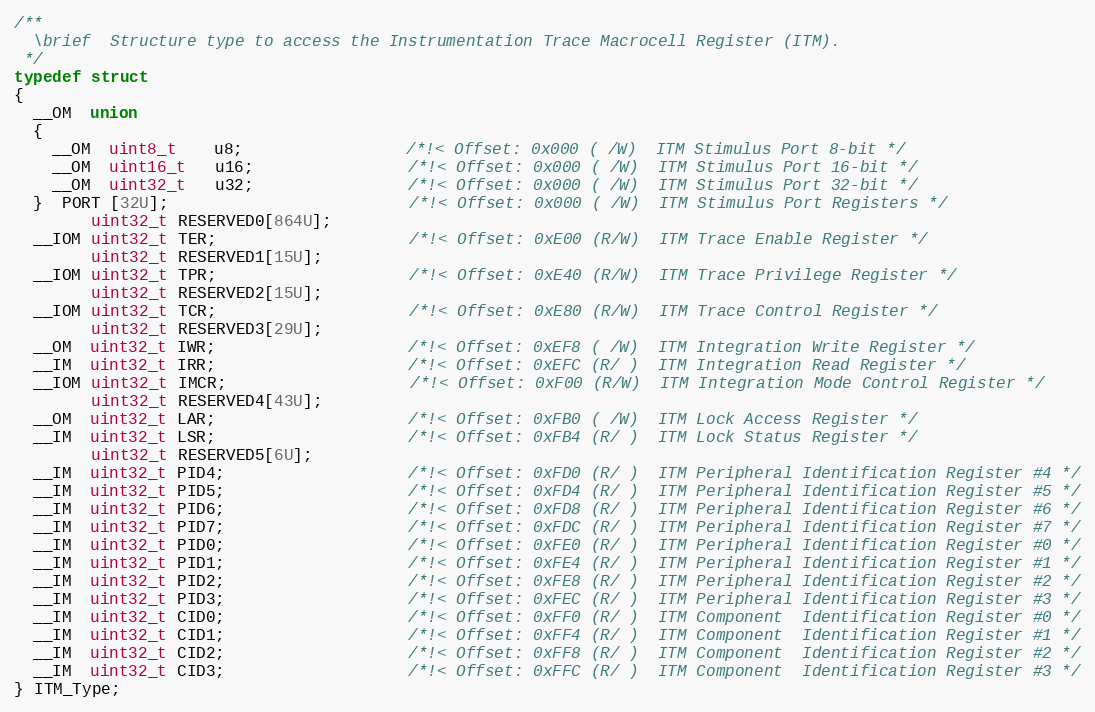
Language: C
/**
  \brief  Structure type to access the Instrumentation Trace Macrocell Register (ITM).
 */
typedef struct
{
  __OM  union
  {
    __OM  uint8_t    u8;                 /*!< Offset: 0x000 ( /W)  ITM Stimulus Port 8-bit */
    __OM  uint16_t   u16;                /*!< Offset: 0x000 ( /W)  ITM Stimulus Port 16-bit */
    __OM  uint32_t   u32;                /*!< Offset: 0x000 ( /W)  ITM Stimulus Port 32-bit */
  }  PORT [32U];                         /*!< Offset: 0x000 ( /W)  ITM Stimulus Port Registers */
        uint32_t RESERVED0[864U];
  __IOM uint32_t TER;                    /*!< Offset: 0xE00 (R/W)  ITM Trace Enable Register */
        uint32_t RESERVED1[15U];
  __IOM uint32_t TPR;                    /*!< Offset: 0xE40 (R/W)  ITM Trace Privilege Register */
        uint32_t RESERVED2[15U];
  __IOM uint32_t TCR;                    /*!< Offset: 0xE80 (R/W)  ITM Trace Control Register */
        uint32_t RESERVED3[29U];
  __OM  uint32_t IWR;                    /*!< Offset: 0xEF8 ( /W)  ITM Integration Write Register */
  __IM  uint32_t IRR;                    /*!< Offset: 0xEFC (R/ )  ITM Integration Read Register */
  __IOM uint32_t IMCR;                   /*!< Offset: 0xF00 (R/W)  ITM Integration Mode Control Register */
        uint32_t RESERVED4[43U];
  __OM  uint32_t LAR;                    /*!< Offset: 0xFB0 ( /W)  ITM Lock Access Register */
  __IM  uint32_t LSR;                    /*!< Offset: 0xFB4 (R/ )  ITM Lock Status Register */
        uint32_t RESERVED5[6U];
  __IM  uint32_t PID4;                   /*!< Offset: 0xFD0 (R/ )  ITM Peripheral Identification Register #4 */
  __IM  uint32_t PID5;                   /*!< Offset: 0xFD4 (R/ )  ITM Peripheral Identification Register #5 */
  __IM  uint32_t PID6;                   /*!< Offset: 0xFD8 (R/ )  ITM Peripheral Identification Register #6 */
  __IM  uint32_t PID7;                   /*!< Offset: 0xFDC (R/ )  ITM Peripheral Identification Register #7 */
  __IM  uint32_t PID0;                   /*!< Offset: 0xFE0 (R/ )  ITM Peripheral Identification Register #0 */
  __IM  uint32_t PID1;                   /*!< Offset: 0xFE4 (R/ )  ITM Peripheral Identification Register #1 */
  __IM  uint32_t PID2;                   /*!< Offset: 0xFE8 (R/ )  ITM Peripheral Identification Register #2 */
  __IM  uint32_t PID3;                   /*!< Offset: 0xFEC (R/ )  ITM Peripheral Identification Register #3 */
  __IM  uint32_t CID0;                   /*!< Offset: 0xFF0 (R/ )  ITM Component  Identification Register #0 */
  __IM  uint32_t CID1;                   /*!< Offset: 0xFF4 (R/ )  ITM Component  Identification Register #1 */
  __IM  uint32_t CID2;                   /*!< Offset: 0xFF8 (R/ )  ITM Component  Identification Register #2 */
  __IM  uint32_t CID3;                   /*!< Offset: 0xFFC (R/ )  ITM Component  Identification Register #3 */
} ITM_Type;